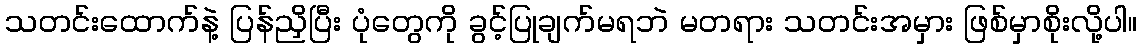
သတင်းထောက်နဲ့ ပြန်ညှိပြီး ပုံတွေကို ခွင့်ပြုချက်မရဘဲ မတရား သတင်းအမှား ဖြစ်မှာစိုးလို့ပါ။